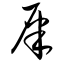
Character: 屎